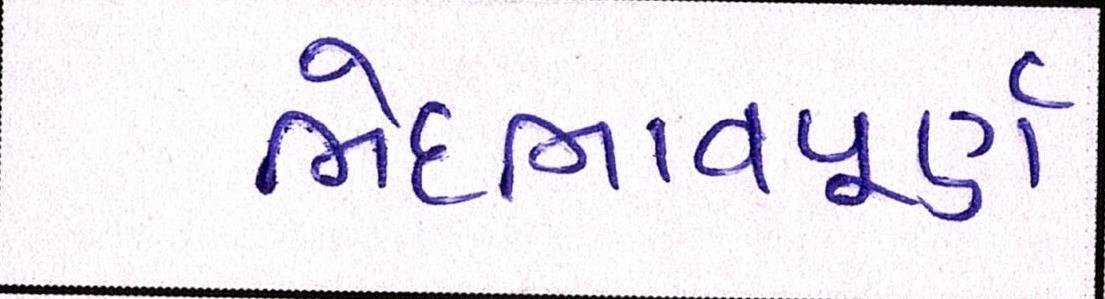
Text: ભેદભાવપૂર્ણ